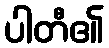
ပါတီ၏